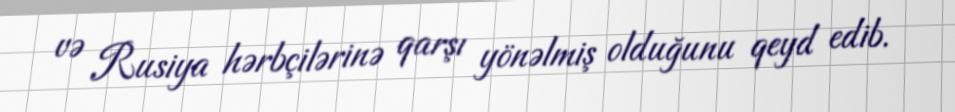
və Rusiya hərbçilərinə qarşı yönəlmiş olduğunu qeyd edib.